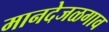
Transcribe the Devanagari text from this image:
मानदेजळगाव